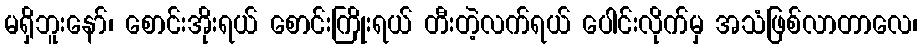
မရှိဘူးနော်၊ စောင်းအိုးရယ် စောင်းကြိုးရယ် တီးတဲ့လက်ရယ် ပေါင်းလိုက်မှ အသံဖြစ်လာတာလေ၊